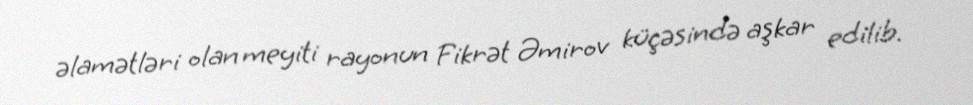
əlamətləri olan meyiti rayonun Fikrət Əmirov küçəsində aşkar edilib.